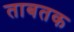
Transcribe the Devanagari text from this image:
ताबतक